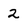
Character: 2